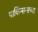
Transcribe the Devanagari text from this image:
पार्किन्सन्सच्या